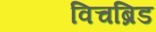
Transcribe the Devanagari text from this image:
विचब्रिड